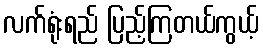
လက်ရုံးရည် ပြည့်ကြတယ်ကွယ့်